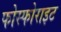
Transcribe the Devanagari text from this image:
फोस्फोराइट